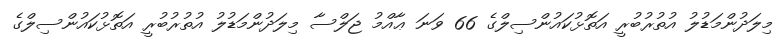
މިލަދުންމަޑުލު އުތުރުބުރީ އަތޮޅުކައުންސިލްގެ 66 ވަނަ ޢާއްމު ޖަލްސާ މިލަދުންމަޑުލު އުތުރުބުރީ އަތޮޅުކައުންސިލްގެ